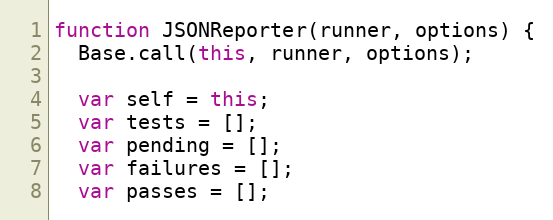
Language: JavaScript
function JSONReporter(runner, options) {
  Base.call(this, runner, options);

  var self = this;
  var tests = [];
  var pending = [];
  var failures = [];
  var passes = [];